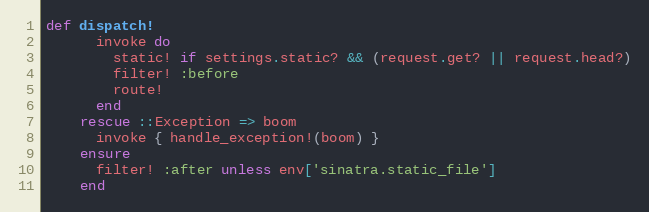
Language: Ruby
def dispatch!
      invoke do
        static! if settings.static? && (request.get? || request.head?)
        filter! :before
        route!
      end
    rescue ::Exception => boom
      invoke { handle_exception!(boom) }
    ensure
      filter! :after unless env['sinatra.static_file']
    end